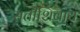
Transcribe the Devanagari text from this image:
सतीशिवाय